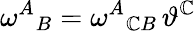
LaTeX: \omega^{A}{}_{B}=\omega^{A}{}_{\mathbb{C}B}\, \vartheta^{\mathbb{C}}